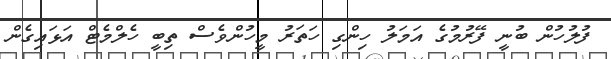
ފުލުހުން ބުނީ ފޭރުމުގެ އަމަލު ހިންގި ހަތަރު މީހުންވެސް ތިބީ ހެލްމެޓް އަޅައިގެން